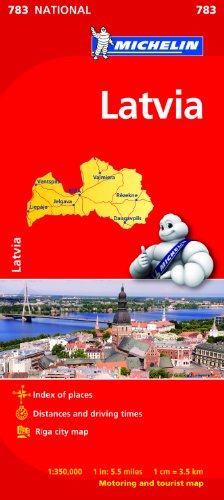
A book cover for Latvia (Michelin National Maps); Travel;